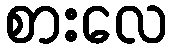
စားလေ